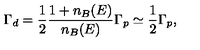
\Gamma _ { d } = \frac { 1 } { 2 } \frac { 1 + n _ { B } ( E ) } { n _ { B } ( E ) } \Gamma _ { p } \simeq \frac { 1 } { 2 } \Gamma _ { p } ,